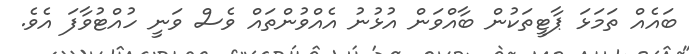
ބައެއް ތަމަޅަ ޕާޓީތަކުން ބާއްވަން އުޅުނު އެއްވުންތައް ވެސް ވަނީ ހުއްޓުވާފަ އެވެ.